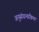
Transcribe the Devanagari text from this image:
अनुसंधानप्रक्रिया